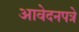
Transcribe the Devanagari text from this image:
आवेदनपत्रे